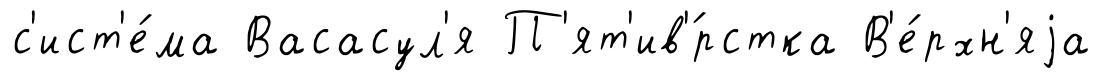
с'ист'е́ма Васасул'я П'ят'ив'́рстка В'е́рхн'яjа